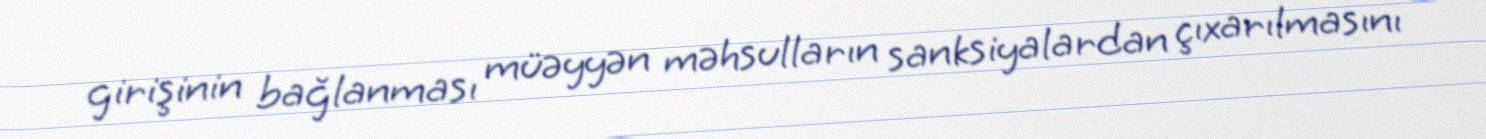
girişinin bağlanması müəyyən məhsulların sanksiyalardan çıxarılmasını